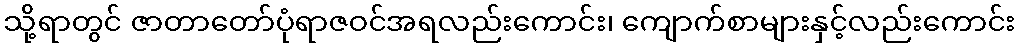
သို့ရာတွင် ဇာတာတော်ပုံရာဇဝင်အရလည်းကောင်း၊ ကျောက်စာများနှင့်လည်းကောင်း